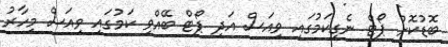
ބޮޑުކޮށް ޕޯޓް ނެގިކަމުގައި ވިއަސް އަދި ޕޯޓް ބޭއްވި ކަމުގައި ވިއަސް މިހާރު